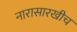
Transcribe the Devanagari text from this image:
नारासारखीच